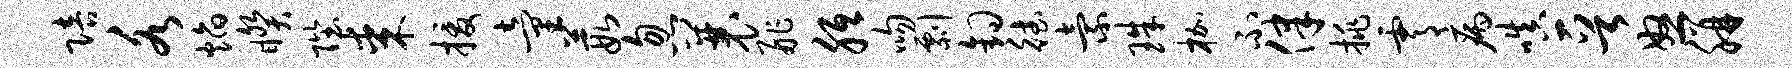
陪各焰睽陛某援童葭忽曩舴胝吻剽钩德索珠枷不律挑霄病嗔晋怒胼